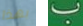
بهذا ب